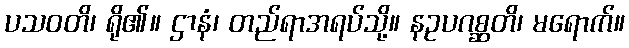
ပသဝတိ၊ ရို၏။ ဌာနံ၊ တည်ရာအရပ်သို့။ နဥပဂစ္ဆတိ၊ မရောက်။